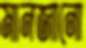
মানজানো